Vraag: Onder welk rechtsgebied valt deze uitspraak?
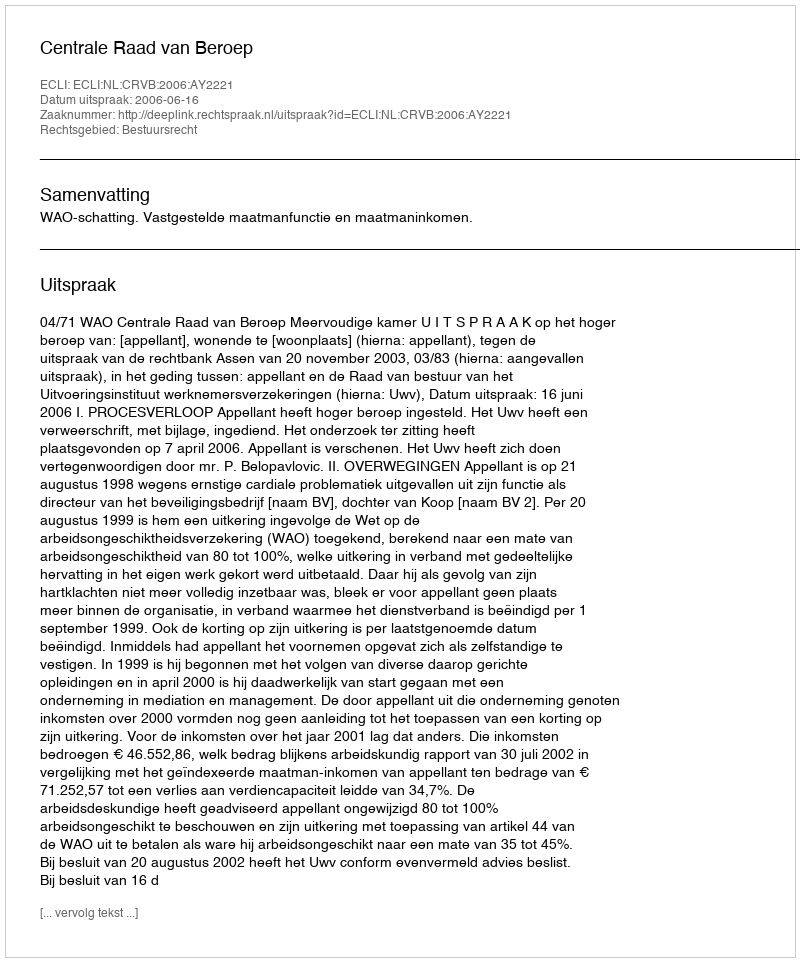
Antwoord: Bestuursrecht